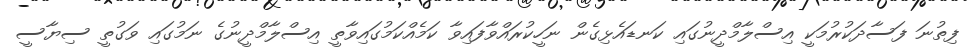
ފިތުނަ ފަސާދަކުރުމަކީ އިސްލާމްދީނުގައި ކަނޑައެޅިގެން ނަހީކުރައްވާފައިވާ ކަމެއްކަމުގައިވާތީ އިސްލާމްދީނުގެ ނަމުގައި ވަގުތީ ސިޔާސީ